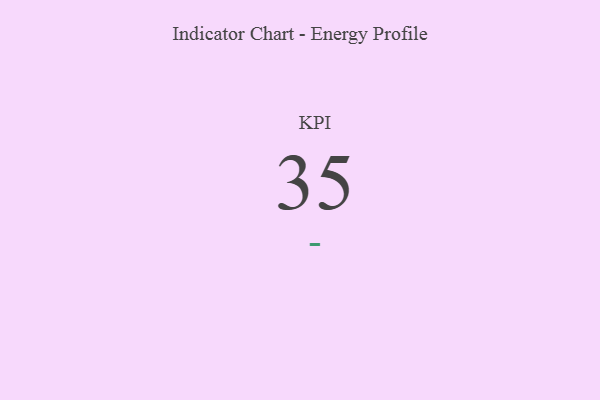
{"axis": {"x": "KPI", "y": "Value"}, "legend": [""], "data": [{"x": "KPI", "y": 35, "type": ""}]}